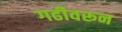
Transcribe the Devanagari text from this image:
गढीवरून